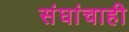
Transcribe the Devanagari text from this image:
संघांचाही